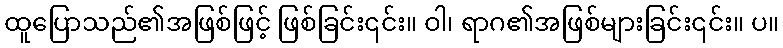
ထူပြောသည်၏အဖြစ်ဖြင့် ဖြစ်ခြင်း၎င်း။ ဝါ၊ ရာဂ၏အဖြစ်များခြင်း၎င်း။ ပ။